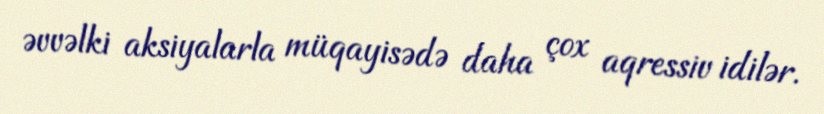
əvvəlki aksiyalarla müqayisədə daha çox aqressiv idilər.